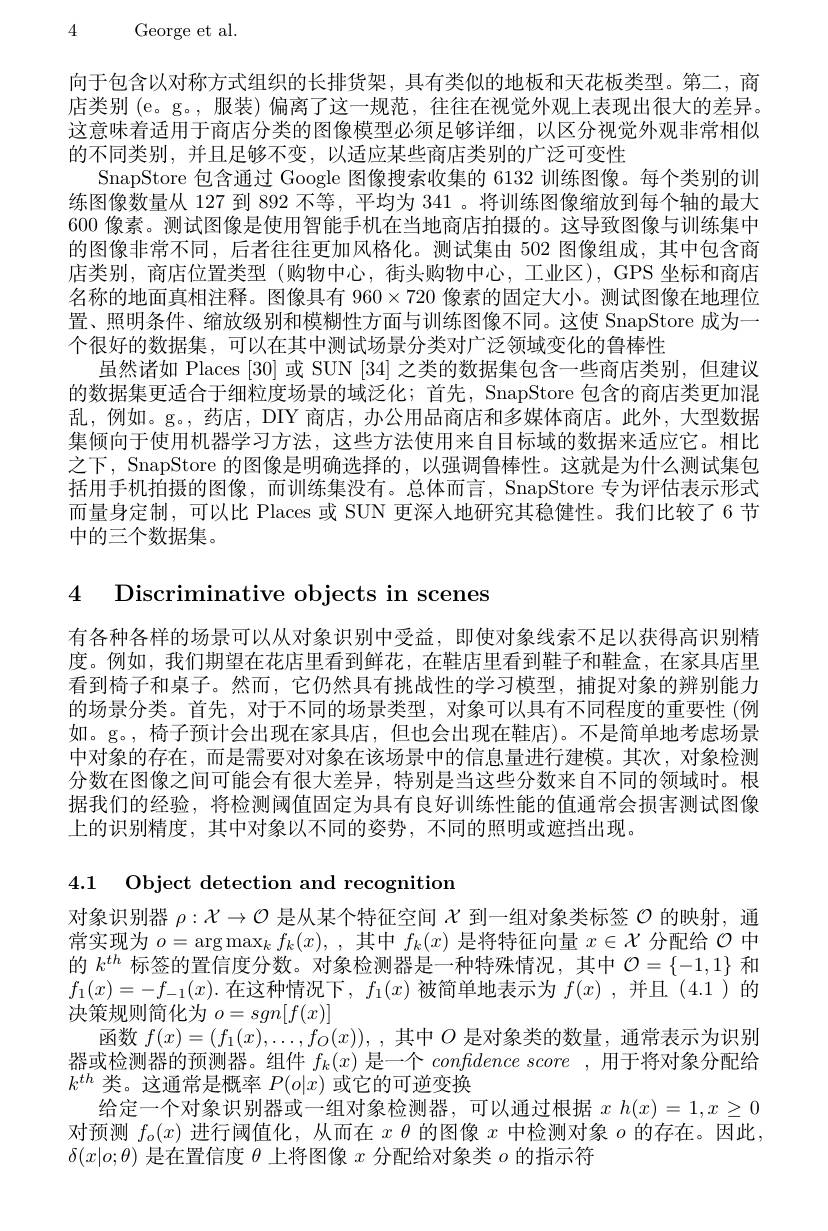
4 George et al.

向于包含以对称方式组织的长排货架，具有类似的地板和天花板类型。第二，商店类别 (e。g。, 服装) 偏离了这一规范，往往在视觉外观上表现出很大的差异。这意味着适用于商店分类的图像模型必须足够详细，以区分视觉外观非常相似的不同类别，并且足够不变，以适应某些商店类别的广泛可变性
SnapStore 包含通过 Google 图像搜索收集的 6132 训练图像。每个类别的训练图像数量从 127 到 892 不等，平均为 341 。将训练图像缩放到每个轴的最大600 像素。测试图像是使用智能手机在当地商店拍摄的。这导致图像与训练集中的图像非常不同，后者往往更加风格化。测试集由 502 图像组成，其中包含商店类别，商店位置类型(购物中心，街头购物中心，工业区),GPS 坐标和商店名称的地面真相注释。图像具有$960\times720$像素的固定大小。测试图像在地理位置、照明条件、缩放级别和模糊性方面与训练图像不同。这使 SnapStore 成为一个很好的数据集，可以在其中测试场景分类对广泛领域变化的鲁棒性
虽然诸如 Places [30]或 SUN [34] 之类的数据集包含一些商店类别，但建议的数据集更适合于细粒度场景的域泛化；首先，SnapStore 包含的商店类更加混乱，例如。g。, 药店，DIY 商店，办公用品商店和多媒体商店。此外，大型数据集倾向于使用机器学习方法，这些方法使用来自目标域的数据来适应它。相比之下，SnapStore 的图像是明确选择的，以强调鲁棒性。这就是为什么测试集包括用手机拍摄的图像，而训练集没有。总体而言，SnapStore 专为评估表示形式而量身定制，可以比 Places 或 SUN 更深人地研究其稳健性。我们比较了 6 节中的三个数据集。

4 Discriminative objects in scenes

有各种各样的场景可以从对象识别中受益，即使对象线索不足以获得高识别精度。例如，我们期望在花店里看到鲜花，在鞋店里看到鞋子和鞋盒，在家具店里看到椅子和桌子。然而，它仍然具有挑战性的学习模型，捕捉对象的辨别能力的场景分类。首先，对于不同的场景类型，对象可以具有不同程度的重要性(例如。g。, 椅子预计会出现在家具店，但也会出现在鞋店)。不是简单地考虑场景中对象的存在，而是需要对对象在该场景中的信息量进行建模。其次，对象检测分数在图像之间可能会有很大差异，特别是当这些分数来自不同的领域时。根据我们的经验，将检测阈值固定为具有良好训练性能的值通常会损害测试图像上的识别精度，其中对象以不同的姿势，不同的照明或遮挡出现。

4.1 $\textbf{Object detection and recognition}$

对象识别器$\rho:\mathcal{X}\to\mathcal{O}$是从某个特征空间$\mathcal{X}$到一组对象类标签$\mathcal{O}$的映射，通常实现为$o=\arg\max_kf_k(x)$,其中$f_k(x)$是将特征向量$x\in\mathcal{X}$分配给$\mathcal{O}$中的$k^{th}$标签的置信度分数。对象检测器是一种特殊情况，其中$\mathcal{O}=\{-1,1\}$和$f_1(x)=-f_{-1}(x).$在这种情况下，$f_1(x)$被简单地表示为$f(x)$,并且 (4.1)的决策规则简化为$o=sgn[f(x)]$
函数$f(x)=(f_1(x),\ldots,f_O(x))$,其中$O$是对象类的数量，通常表示为识别器或检测器的预测器。组件$f_k(x)$是一个$confidencescore$,用于将对象分配给$k^{th}$类。这通常是概率$P(o|x)$或它的可逆变换
给定一个对象识别器或一组对象检测器，可以通过根据$x$ $h(x)=1,x\geq0$ 对预测$f_o(x)$进行阈值化，从而在$x\theta$的图像$x$中检测对象$o$的存在。因此， $\delta(x|o;\theta)$是在置信度$\theta$上将图像$x$分配给对象类$o$的指示符